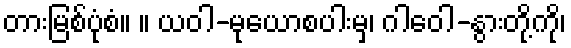
တားမြစ်ပုံစံ။ ။ ယဝါ-မုယောစပါးမှ၊ ဂါဝေါ-နွားတို့ကို၊